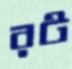
রট